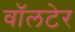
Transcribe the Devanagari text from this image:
वॉलटेर